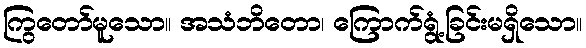
ကြွတော်မူသော။ အသံဘိတော၊ ကြောက်ရွံ့ခြင်းမရှိသော။